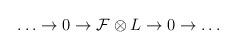
LaTeX: \begin{align*}\ldots\to0\to \mathcal{F}\otimes L\to0\to\ldots\end{align*}